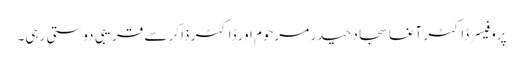
پروفیسر ڈاکٹر آغا سجاد حیدر مرحوم اور ڈاکٹر ذاکر سے قریبی دوستی رہی۔